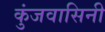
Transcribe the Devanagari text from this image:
कुंजवासिनी